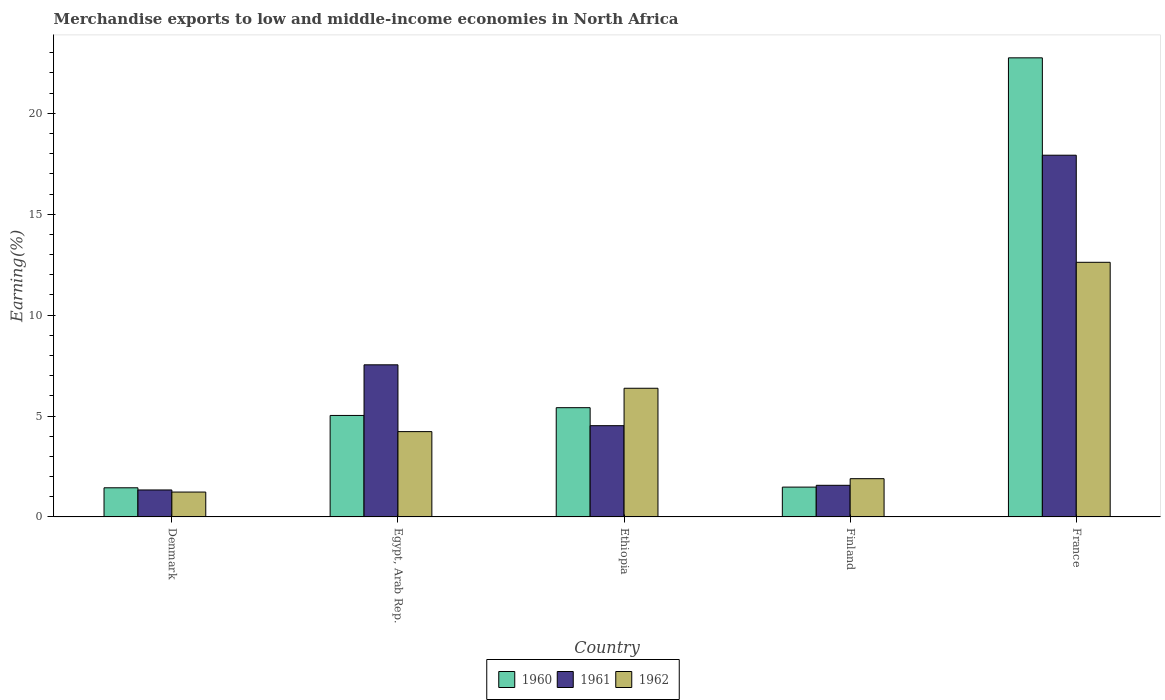
| Country | 1960 | 1961 | 1962 |
 | --- | --- | --- | --- |
 | Denmark | 1.44 | 1.34 | 1.23 |
 | Egypt, Arab Rep. | 5.03 | 7.54 | 4.23 |
 | Ethiopia | 5.41 | 4.52 | 6.38 |
 | Finland | 1.48 | 1.57 | 1.9 |
 | France | 22.7 | 17.9 | 12.6 |